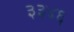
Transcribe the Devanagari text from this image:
३३४६